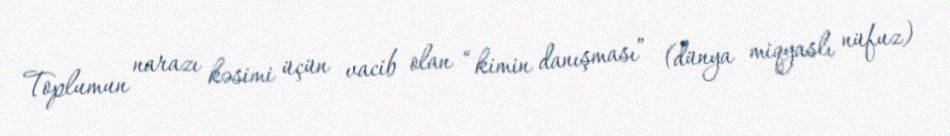
Toplumun narazı kəsimi üçün vacib olan “kimin danışması” (dünya miqyaslı nüfuz)